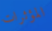
المؤثرات